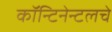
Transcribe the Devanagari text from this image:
कॉन्टिनेन्टलचे